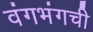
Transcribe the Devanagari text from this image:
वंगभंगची